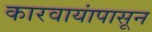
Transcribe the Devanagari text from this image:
कारवायांपासून